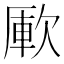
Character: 𣣭